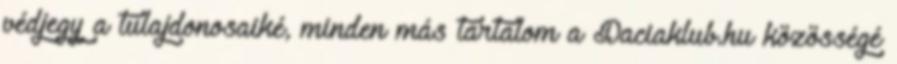
védjegy a tulajdonosaiké, minden más tartalom a Daciaklub.hu közösségé